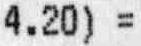
4.20) =